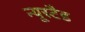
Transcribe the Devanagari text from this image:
न्यूस्टैड